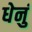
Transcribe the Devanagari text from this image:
धेनुं